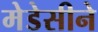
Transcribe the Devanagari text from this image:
मेडेसीने